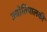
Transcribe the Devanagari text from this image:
ज्योतिपालकी